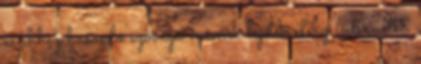
és ehhez hasonló szövegű mémek lepték el az internetet,